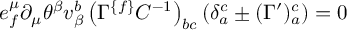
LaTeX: e _ { { f } } ^ { \mu } \partial _ { \mu } \theta ^ { \beta } v _ { \beta } ^ { { b } } \left( \Gamma ^ { \{ { f \} } } C ^ { - { 1 } } \right) _ { { b c } } \left( \delta _ { { a } } ^ { { c } } \pm ( \Gamma ^ { \prime } ) _ { { a } } ^ { { c } } \right) = 0